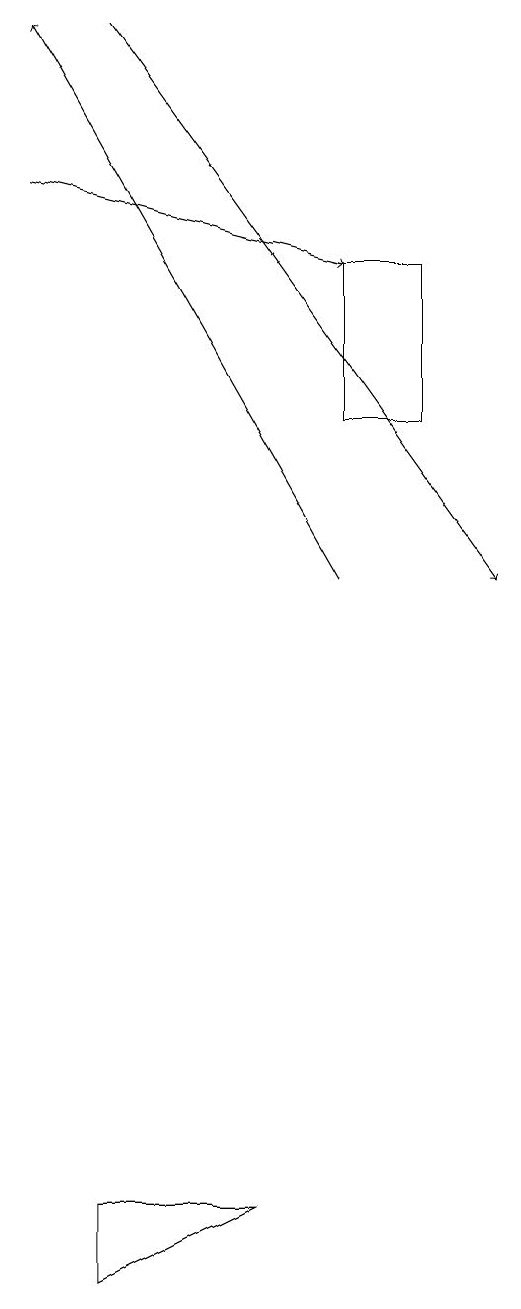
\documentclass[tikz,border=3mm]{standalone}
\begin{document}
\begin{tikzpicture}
\draw[->] (0,17) -- (4,16);
\draw (4,16) rectangle (5,14);
\draw[->] (1,19) -- (6,12);
\draw[->] (4,12) -- (0,19);
\draw (3,4) -- (1,4) -- (1,3) -- cycle;
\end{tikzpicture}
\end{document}